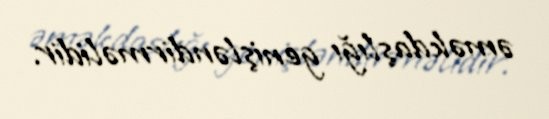
əməkdaşlığı genişləndirməlidir.